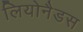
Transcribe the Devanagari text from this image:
लियोनैडस